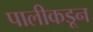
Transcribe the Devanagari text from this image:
पालीकडून